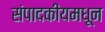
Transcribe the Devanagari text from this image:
संपादकीयमधून